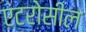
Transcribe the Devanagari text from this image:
एंटरोसील